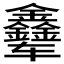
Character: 𲅃